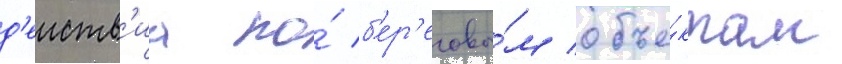
д'еиств'иа по́ б'ер'еговы́м объе́ктам